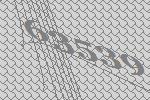
63539